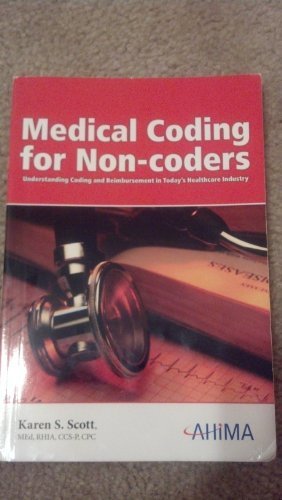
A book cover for Medical Coding for Non-coders; Karen S. Scott; Medical Books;